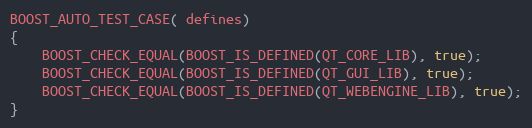
Language: C++
BOOST_AUTO_TEST_CASE( defines)
{
    BOOST_CHECK_EQUAL(BOOST_IS_DEFINED(QT_CORE_LIB), true);
    BOOST_CHECK_EQUAL(BOOST_IS_DEFINED(QT_GUI_LIB), true);
    BOOST_CHECK_EQUAL(BOOST_IS_DEFINED(QT_WEBENGINE_LIB), true);
}